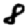
Digit: 8